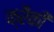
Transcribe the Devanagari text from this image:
क्रैंकी